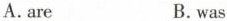
A.are B.was